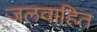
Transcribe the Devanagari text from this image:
जलवाहित